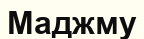
Маджму